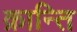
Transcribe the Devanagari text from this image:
क्रान्‍ति